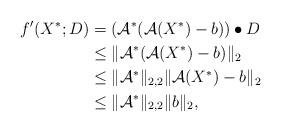
LaTeX: \begin{align*}f'(X^*;D) &=(\mathcal{A}^*(\mathcal{A}(X^*)-b))\bullet D\\&\le\|\mathcal{A}^*(\mathcal{A}(X^*)-b)\|_2\\&\le\|\mathcal{A}^*\|_{2,2}\|\mathcal{A}(X^*)-b\|_2\\&\le\|\mathcal{A}^*\|_{2,2}\|b\|_2,\end{align*}